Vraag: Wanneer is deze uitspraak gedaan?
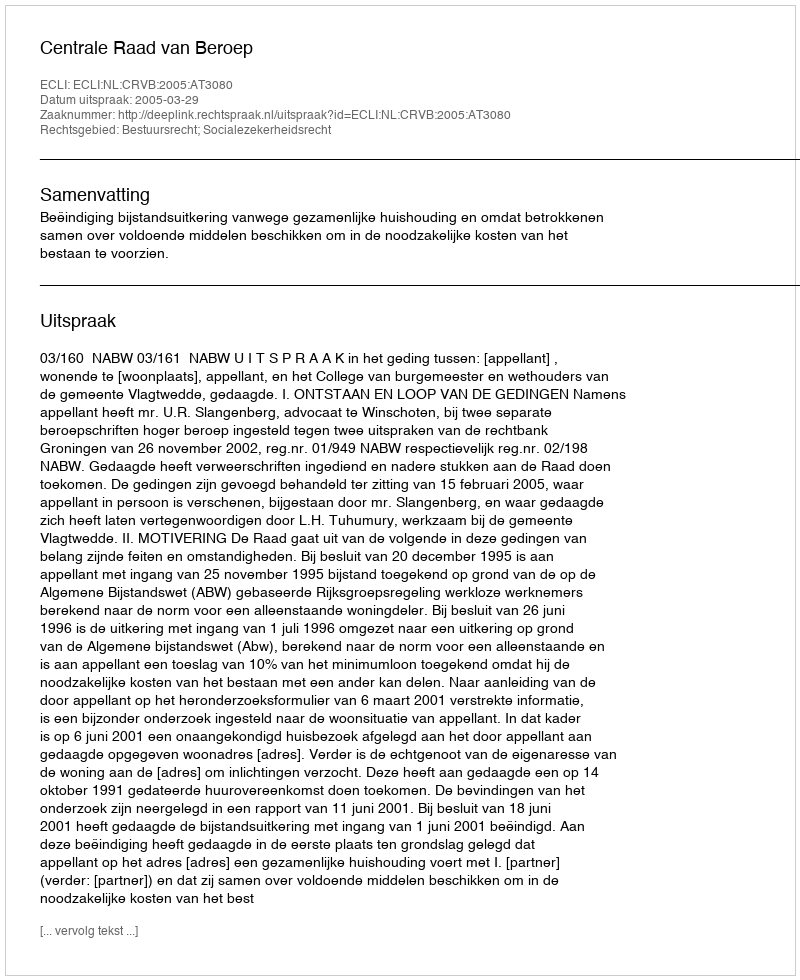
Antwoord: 2005-03-29